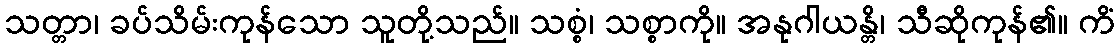
သတ္တာ၊ ခပ်သိမ်းကုန်သော သူတို့သည်။ သစ္စံ၊ သစ္စာကို။ အနုဂါယန္တိ၊ သီဆိုကုန်၏။ ကိံ